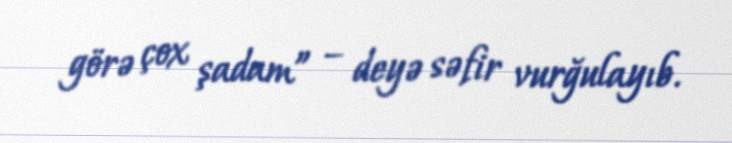
görə çox şadam” – deyə səfir vurğulayıb.